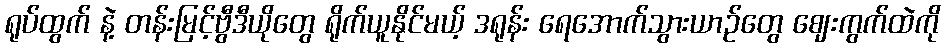
ရုပ်ထွက် နဲ့ တန်းမြင့်ဗွီဒီယိုတွေ ရိုက်ယူနိုင်မယ့် ဒရုန်း ရေအောက်သွားယာဉ်တွေ ဈေးကွက်ထဲကို